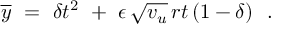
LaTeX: \overline { { { y } } } \ = \ \delta t ^ { 2 } \ + \ \epsilon \, \sqrt { v _ { u } } \, r t \, ( 1 - \delta ) \ \ .